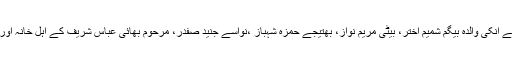
واضح رہے گزشتہ روز نواز شریف سے انکی والدہ بیگم شمیم اختر، بیٹی مریم نواز، بھتیجے حمزہ شہباز ،نواسے جنید صفدر، مرحوم بھائی عباس شریف کے اہل خانہ اور دیگر قریبی عزیزوں نے ملاقات کی ۔